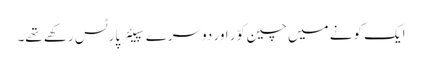
ایک کونے میں چین کوّر اور دوسرے سپیئر پارٹس رکھے تھے۔